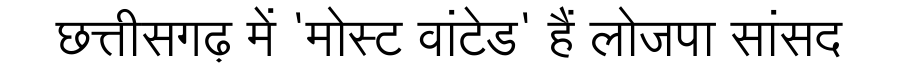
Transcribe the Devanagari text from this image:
छत्तीसगढ़ में 'मोस्ट वांटेड' हैं लोजपा सांसद